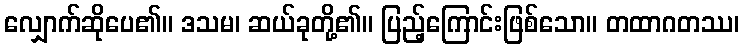
လျှောက်ဆိုပေ၏။ ဒသမ၊ ဆယ်ခုတို့၏။ ပြည့်ကြောင်းဖြစ်သော။ တထာဂတဿ၊